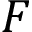
\cal F